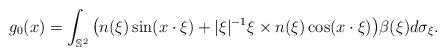
LaTeX: \begin{align*}g_0(x) = \int_{\mathbb{S}^2}\big(n(\xi)\sin(x\cdot\xi) + |\xi|^{-1}\xi\times n(\xi)\cos(x\cdot\xi)\big)\beta(\xi)d\sigma_\xi.\end{align*}